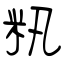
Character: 籸